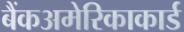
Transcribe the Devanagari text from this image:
बैंकअमेरिकाकार्ड